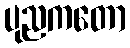
ပုညကတော